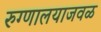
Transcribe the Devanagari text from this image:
रुग्णालयाजवळ